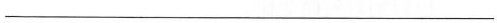
___